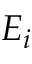
E _ { i }